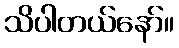
သိပါတယ်နော်။